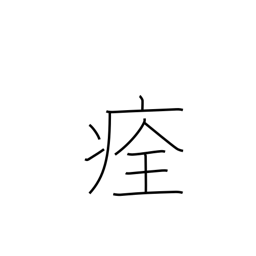
Meaning: heal